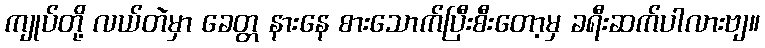
ကျုပ်တို့ လယ်တဲမှာ ခေတ္တ နားနေ စားသောက်ပြီးစီးတော့မှ ခရီးဆက်ပါလားဗျ။